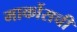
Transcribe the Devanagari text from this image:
मार्कोसची